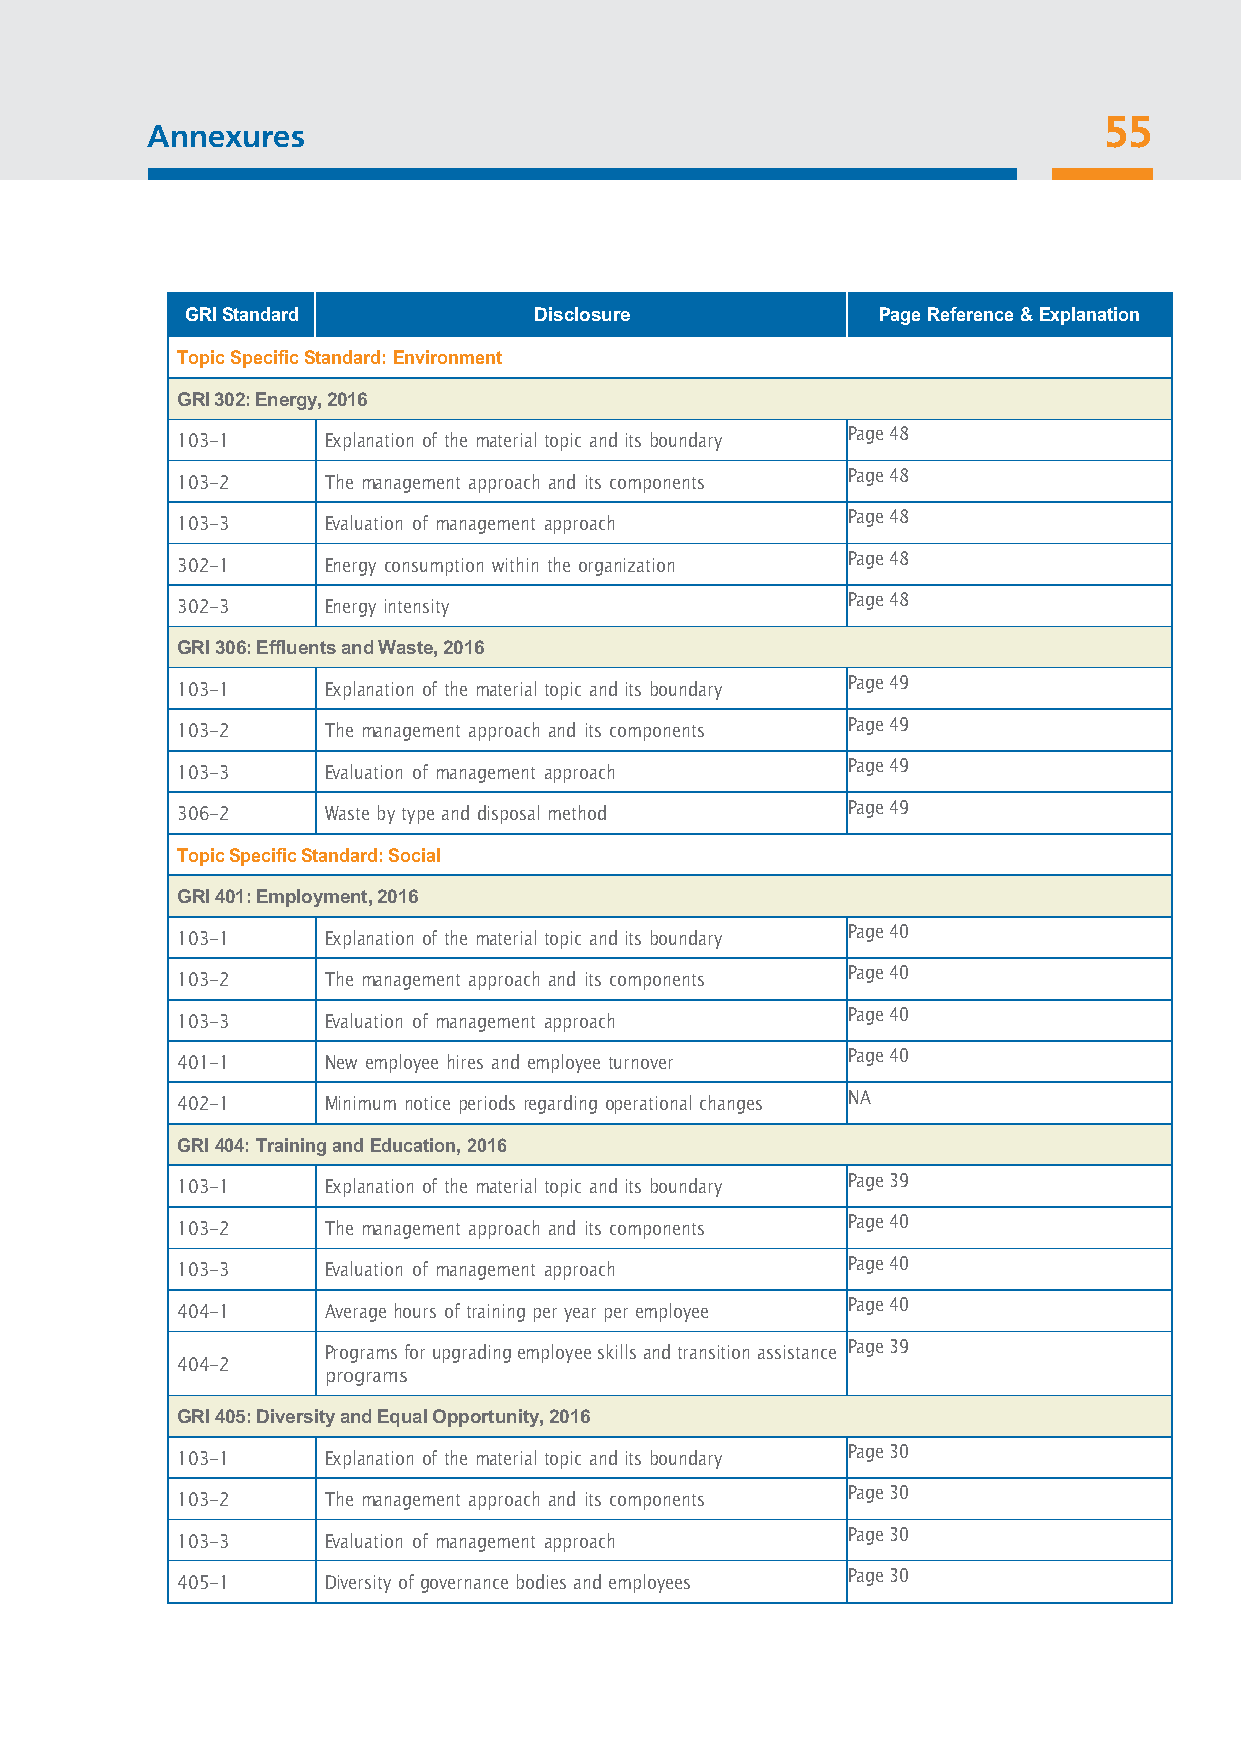
A5 nn4
 e xures
 55
 GRI Standard           Disclosure             Page Reference & Explanation
 Topic Specific Standard: Environment
 GRI 302: Energy, 2016
 Page 48
 103-1    Explanation of the material topic and its boundary
 Page 48
 103-2    The management approach and its components
 Page 48
 103-3    Evaluation of management approach
 Page 48
 302-1    Energy consumption within the organization
 Page 48
 302-3    Energy intensity
 GRI 306: Effluents and Waste, 2016
 Page 49
 103-1    Explanation of the material topic and its boundary
 Page 49
 103-2    The management approach and its components
 Page 49
 103-3    Evaluation of management approach
 Page 49
 306-2    Waste by type and disposal method
 Topic Specific Standard: Social
 GRI 401: Employment, 2016
 Page 40
 103-1    Explanation of the material topic and its boundary
 Page 40
 103-2    The management approach and its components
 Page 40
 103-3    Evaluation of management approach
 Page 40
 401-1    New employee hires and employee turnover
 NA
 402-1    Minimum notice periods regarding operational changes
 GRI 404: Training and Education, 2016
 Page 39
 103-1    Explanation of the material topic and its boundary
 Page 40
 103-2    The management approach and its components
 Page 40
 103-3    Evaluation of management approach
 Page 40
 404-1    Average hours of training per year per employee
 Page 39
 Programs for upgrading employee skills and transition assistance
 404-2
 programs
 GRI 405: Diversity and Equal Opportunity, 2016
 Page 30
 103-1    Explanation of the material topic and its boundary
 Page 30
 103-2    The management approach and its components
 Page 30
 103-3    Evaluation of management approach
 Page 30
 405-1    Diversity of governance bodies and employees